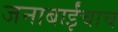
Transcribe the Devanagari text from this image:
जनाबाईंचाच